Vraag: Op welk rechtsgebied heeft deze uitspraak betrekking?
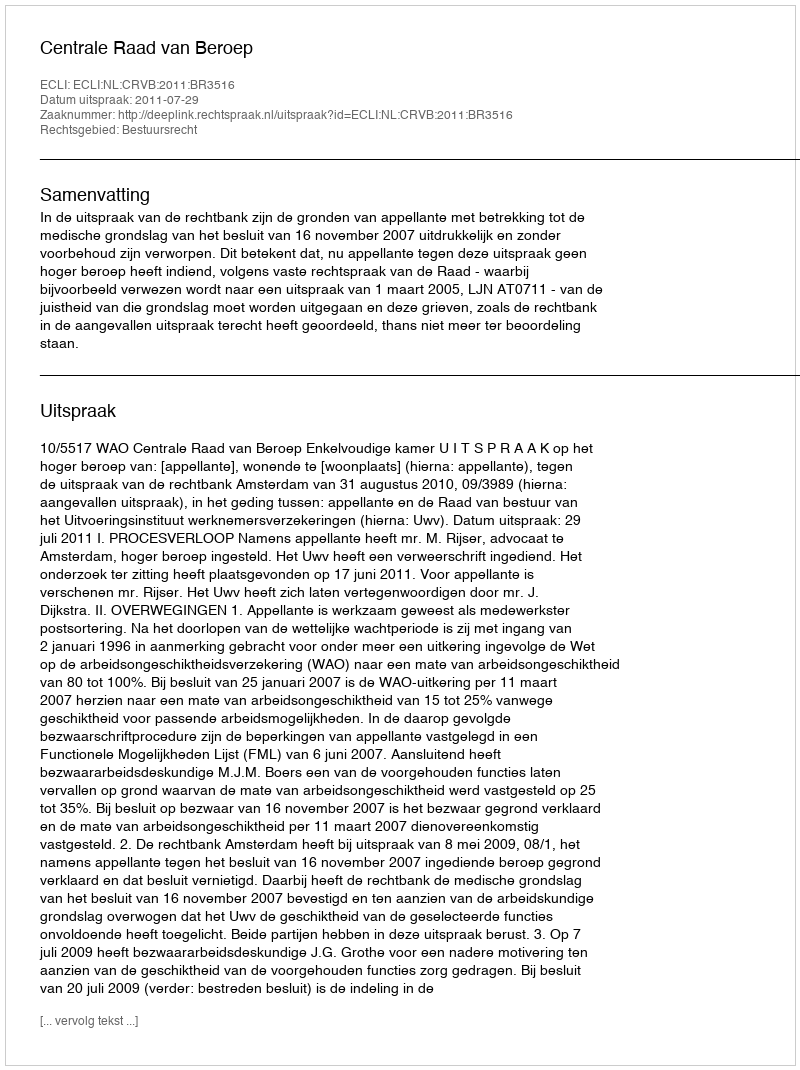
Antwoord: Bestuursrecht